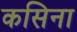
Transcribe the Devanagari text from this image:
कसिना